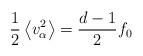
LaTeX: \begin{align*}\frac{1}{2} \left \langle v_{\alpha}^2 \right \rangle=\frac{d-1}{2}f_0\end{align*}